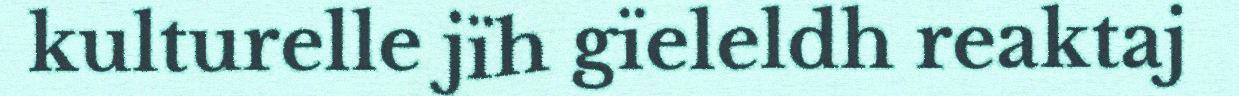
kulturelle jïh gïeleldh reaktaj